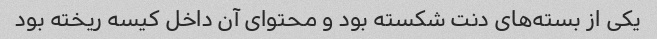
یکی از بسته‌های دنت شکسته بود و محتوای آن داخل کیسه ریخته بود